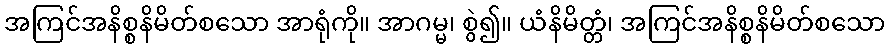
အကြင်အနိစ္စနိမိတ်စသော အာရုံကို။ အာဂမ္မ၊ စွဲ၍။ ယံနိမိတ္တံ၊ အကြင်အနိစ္စနိမိတ်စသော